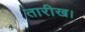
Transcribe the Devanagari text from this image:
तारीख।